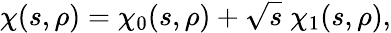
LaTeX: \chi(s,\rho)=\chi_{0}(s,\rho)+\sqrt{s}\; \chi_{1}(s,\rho),